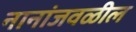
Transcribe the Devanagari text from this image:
नानांजवळील